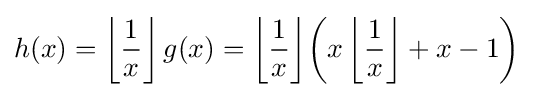
h(x)=\left\lfloor {\frac {1}{x}}\right\rfloor g(x)=\left\lfloor {\frac {1}{x}}\right\rfloor \!\left(x\left\lfloor {\frac {1}{x}}\right\rfloor +x-1\right)